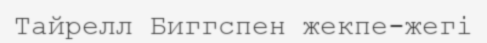
Тайрелл Биггспен жекпе-жегі